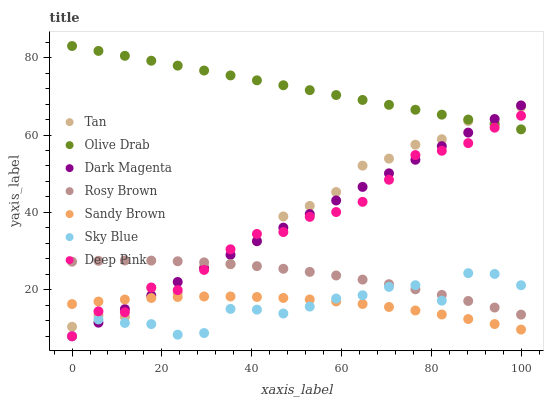
| xaxis_label | Tan | Olive Drab | Dark Magenta | Rosy Brown | Sandy Brown | Sky Blue | Deep Pink |
 | --- | --- | --- | --- | --- | --- | --- | --- |
 | 0 | 10.5 | 83 | 8 | 27.3 | 16.3 | 8 | 8 |
 | 5.88 | 13.4 | 81.7 | 11.5 | 27.5 | 17 | 12.3 | 14.4 |
 | 11.8 | 13 | 80.5 | 15 | 27.6 | 17.5 | 11.4 | 14.2 |
 | 17.6 | 20.5 | 79.2 | 18.5 | 27.5 | 17.9 | 11.1 | 20.6 |
 | 23.5 | 19.2 | 77.9 | 22 | 27.4 | 18.1 | 8.41 | 19.9 |
 | 29.4 | 26 | 76.7 | 25.5 | 27.1 | 18.3 | 8.83 | 25.1 |
 | 35.3 | 26.6 | 75.4 | 29.1 | 26.7 | 18.3 | 15.1 | 30.5 |
 | 41.2 | 32.7 | 74.1 | 32.6 | 26.1 | 18.2 | 14.9 | 34.4 |
 | 47.1 | 39 | 72.9 | 36.1 | 25.4 | 17.9 | 13.9 | 34.9 |
 | 52.9 | 41.7 | 71.6 | 39.6 | 24.6 | 17.5 | 15.7 | 38.9 |
 | 58.8 | 45.3 | 70.3 | 43.1 | 23.7 | 17 | 17.7 | 40.1 |
 | 64.7 | 52.1 | 69.1 | 46.6 | 22.6 | 16.3 | 18.6 | 42.7 |
 | 70.6 | 53.9 | 67.8 | 50.1 | 21.5 | 15.6 | 20.8 | 48.4 |
 | 76.5 | 57.5 | 66.5 | 53.6 | 20.1 | 14.7 | 21.2 | 54.8 |
 | 82.4 | 58.9 | 65.3 | 57.1 | 18.7 | 13.6 | 17.2 | 55.9 |
 | 88.2 | 63.6 | 64 | 60.6 | 17.1 | 12.5 | 24.3 | 57.9 |
 | 94.1 | 63.1 | 62.7 | 64.1 | 15.4 | 11.2 | 24.1 | 61.9 |
 | 100 | 67.3 | 61.5 | 67.6 | 13.6 | 9.73 | 21.2 | 65 |